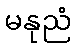
မနုညံ